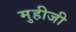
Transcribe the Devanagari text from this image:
मुहीजी